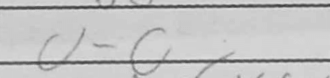
Transcription: O-O